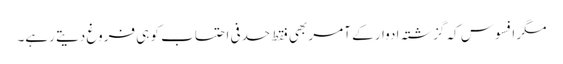
مگر افسوس کہ گزشتہ ادوار کے آمر بھی فقط حدفی احتساب کو ہی فروغ دیتے رہے۔